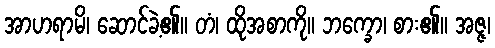
အာဟရာမိ၊ ဆောင်ခဲ့၏။ တံ၊ ထိုအစာကို။ ဘက္ခော၊ စား၏။ အဇ္ဇ၊